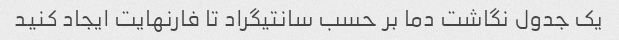
یک جدول نگاشت دما بر حسب سانتیگراد تا فارنهایت ایجاد کنید